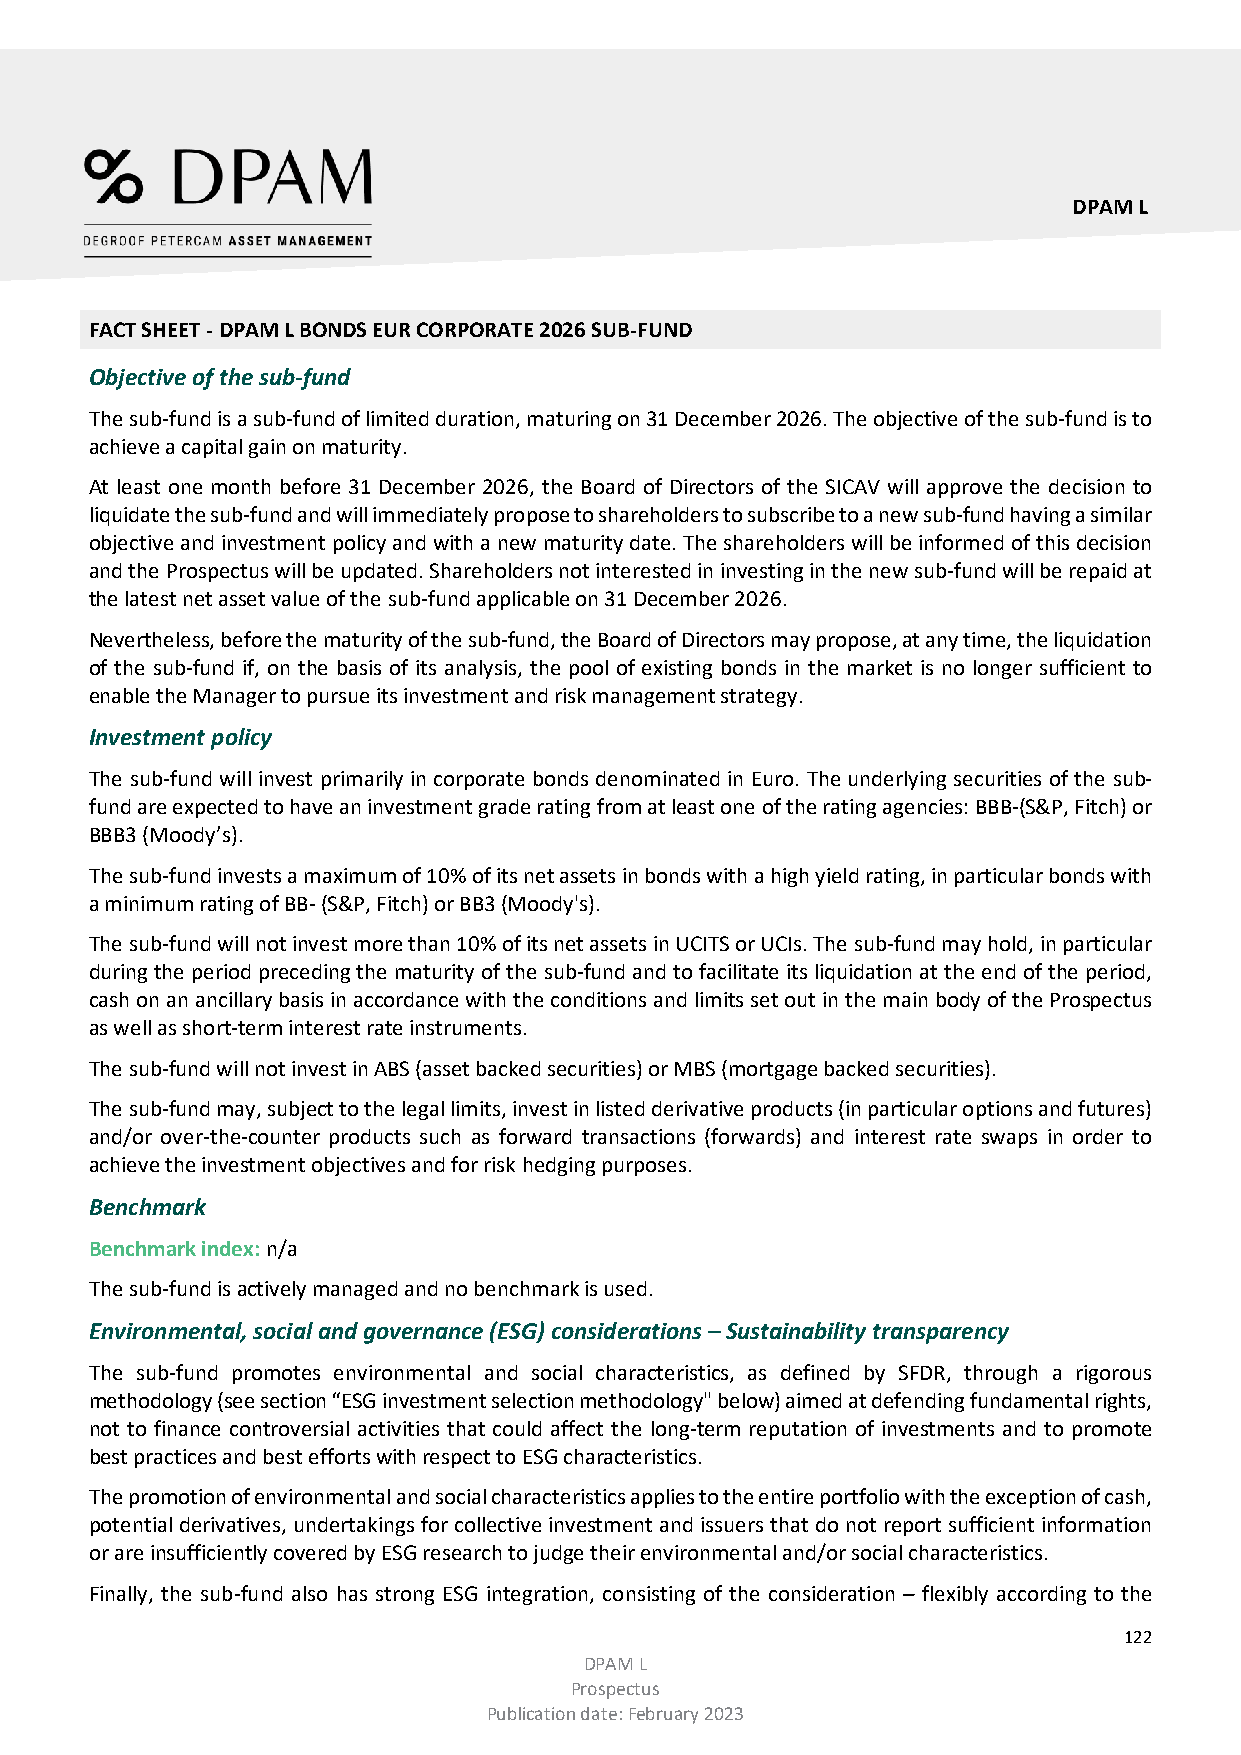
DPAM L
 FACT SHEET - DPAM L BONDS EUR CORPORATE 2026 SUB-FUND
 Objective of the sub-fund
 The sub-fund is a sub-fund of limited duration, maturing on 31 December 2026. The objective of the sub-fund is to
 achieve a capital gain on maturity.
 At least one month before 31 December 2026, the Board of Directors of the SICAV will approve the decision to
 liquidate the sub-fund and will immediately propose to shareholders to subscribe to a new sub-fund having a similar
 objective and investment policy and with a new maturity date. The shareholders will be informed of this decision
 and the Prospectus will be updated. Shareholders not interested in investing in the new sub-fund will be repaid at
 the latest net asset value of the sub-fund applicable on 31 December 2026.
 Nevertheless, before the maturity of the sub-fund, the Board of Directors may propose, at any time, the liquidation
 of the sub-fund if, on the basis of its analysis, the pool of existing bonds in the market is no longer sufficient to
 enable the Manager to pursue its investment and risk management strategy.
 Investment policy
 The sub-fund will invest primarily in corporate bonds denominated in Euro. The underlying securities of the sub-
 fund are expected to have an investment grade rating from at least one of the rating agencies: BBB-(S&P, Fitch) or
 BBB3 (Moody’s).
 The sub-fund invests a maximum of 10% of its net assets in bonds with a high yield rating, in particular bonds with
 a minimum rating of BB- (S&P, Fitch) or BB3 (Moody's).
 The sub-fund will not invest more than 10% of its net assets in UCITS or UCIs. The sub-fund may hold, in particular
 during the period preceding the maturity of the sub-fund and to facilitate its liquidation at the end of the period,
 cash on an ancillary basis in accordance with the conditions and limits set out in the main body of the Prospectus
 as well as short-term interest rate instruments.
 The sub-fund will not invest in ABS (asset backed securities) or MBS (mortgage backed securities).
 The sub-fund may, subject to the legal limits, invest in listed derivative products (in particular options and futures)
 and/or over-the-counter products such as forward transactions (forwards) and interest rate swaps in order to
 achieve the investment objectives and for risk hedging purposes.
 Benchmark
 Benchmark index: n/a
 The sub-fund is actively managed and no benchmark is used.
 Environmental, social and governance (ESG) considerations – Sustainability transparency
 The sub-fund promotes environmental and social characteristics, as defined by SFDR, through a rigorous
 methodology (see section “ESG investment selection methodology" below) aimed at defending fundamental rights,
 not to finance controversial activities that could affect the long-term reputation of investments and to promote
 best practices and best efforts with respect to ESG characteristics.
 The promotion of environmental and social characteristics applies to the entire portfolio with the exception of cash,
 potential derivatives, undertakings for collective investment and issuers that do not report sufficient information
 or are insufficiently covered by ESG research to judge their environmental and/or social characteristics.
 Finally, the sub-fund also has strong ESG integration, consisting of the consideration – flexibly according to the
 122
 DPAM L
 Prospectus
 Publication date: February 2023